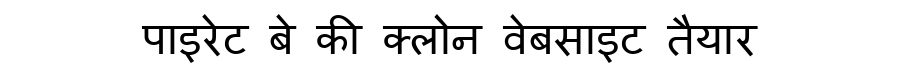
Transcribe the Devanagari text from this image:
पाइरेट बे की क्लोन वेबसाइट तैयार